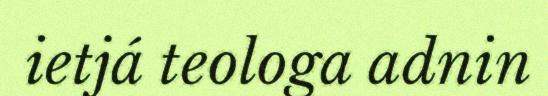
ietjá teologa adnin